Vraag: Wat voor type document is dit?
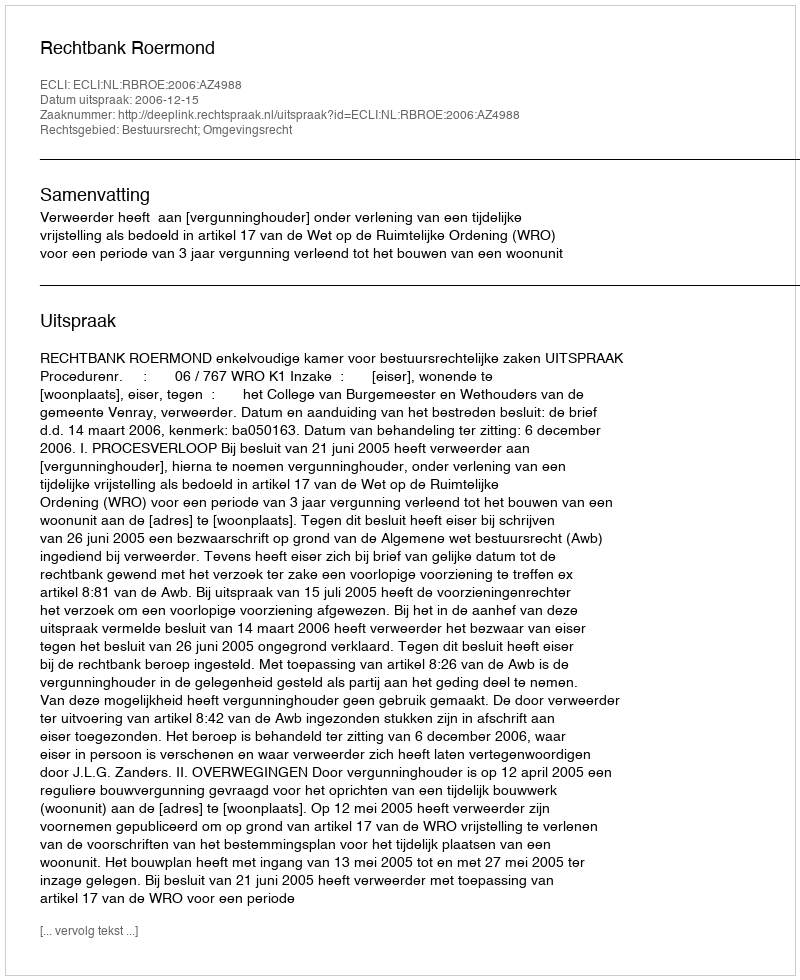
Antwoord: Uitspraak